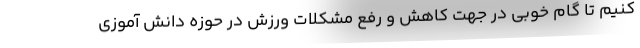
کنیم تا گام خوبی در جهت کاهش و رفع مشکلات ورزش در حوزه دانش آموزی